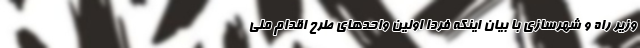
وزیر راه و شهرسازی با بیان اینکه فردا اولین واحدهای طرح اقدام ملی